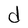
Character: d